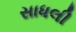
સાધલી